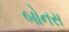
બોનસ